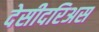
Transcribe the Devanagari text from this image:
देसीदरिअस